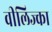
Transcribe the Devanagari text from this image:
वीलिज्का